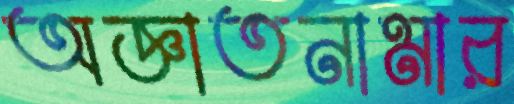
অজ্ঞাতনামার